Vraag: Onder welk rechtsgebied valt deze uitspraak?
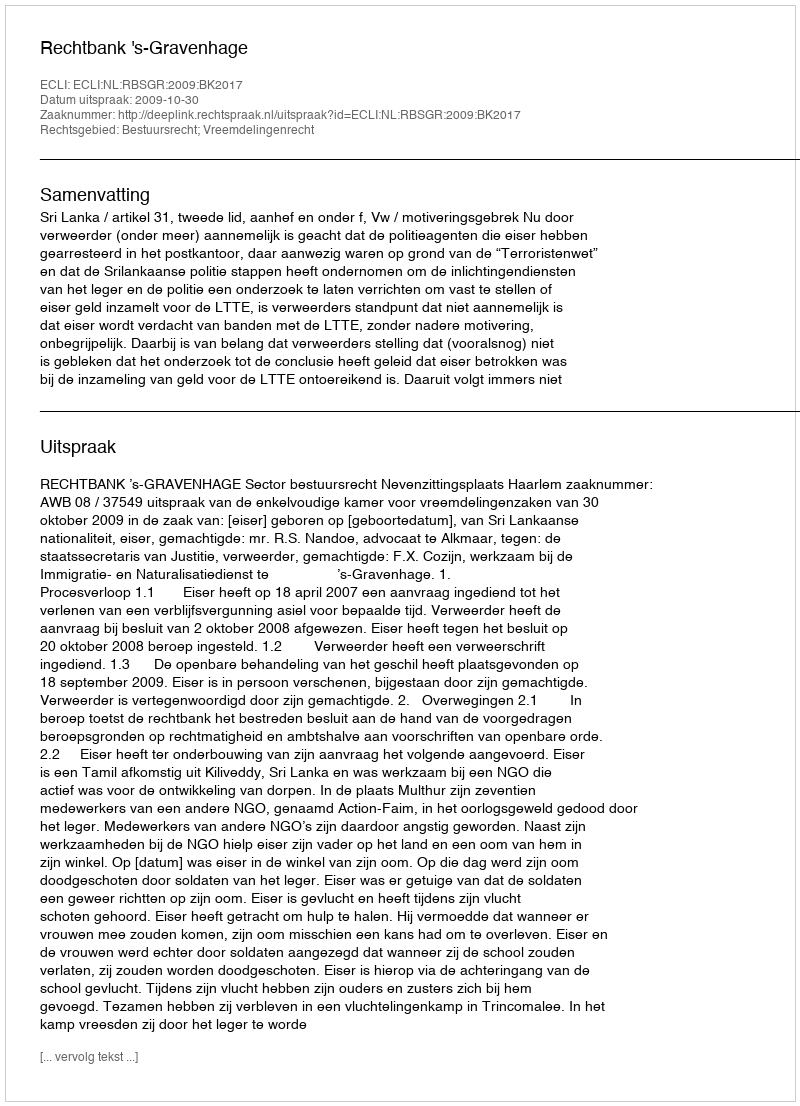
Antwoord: Bestuursrecht; Vreemdelingenrecht